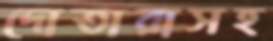
দোতারাসহ